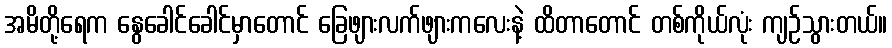
အမိတို့ရေက နွေခေါင်ခေါင်မှာတောင် ခြေဖျားလက်ဖျားကလေးနဲ့ ထိတာတောင် တစ်ကိုယ်လုံး ကျဉ်သွားတယ်။